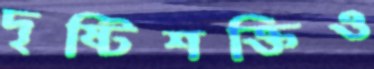
দৃষ্টিশক্তিও